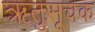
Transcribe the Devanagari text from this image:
ऋतुसूचक